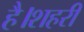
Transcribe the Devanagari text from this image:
है।शहरी